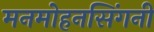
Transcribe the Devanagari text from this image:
मनमोहनसिंगनी